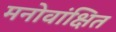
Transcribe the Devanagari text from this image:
मनोवांक्षित